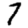
Digit: 7